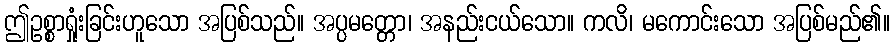
ဤဥစ္စာရှုံးခြင်းဟူသော အပြစ်သည်။ အပ္ပမတ္တော၊ အနည်းငယ်သော။ ကလိ၊ မကောင်းသော အပြစ်မည်၏။